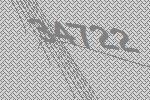
34722